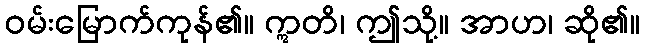
ဝမ်းမြောက်ကုန်၏။ ဣတိ၊ ဤသို့။ အာဟ၊ ဆို၏။